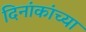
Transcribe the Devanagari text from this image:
दिनांकांच्या